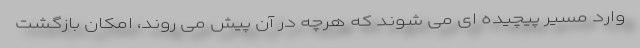
وارد مسیر پیچیده ‌ای می ‌شوند که هرچه در آن پیش می ‌روند، امکان بازگشت